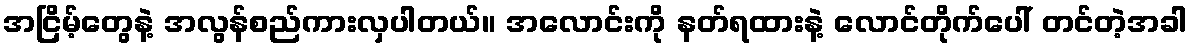
အငြိမ့်တွေနဲ့ အလွန်စည်ကားလှပါတယ်။ အလောင်းကို နတ်ရထားနဲ့ လောင်တိုက်ပေါ် တင်တဲ့အခါ